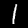
Label: 1